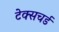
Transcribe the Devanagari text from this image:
टेक्सचर्ड